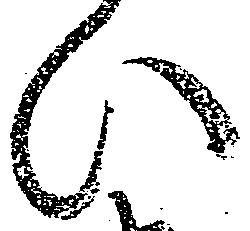
ひ